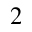
2